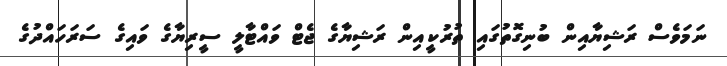
ނަމަވެސް ރަޝިޔާއިން ބުނިގޮތުގައި ތުރުކީއިން ރަޝިޔާގެ ޖެޓް ވައްޓާލީ ސީރިޔާގެ ވައިގެ ސަރަހައްދުގެ